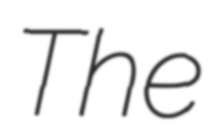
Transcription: The